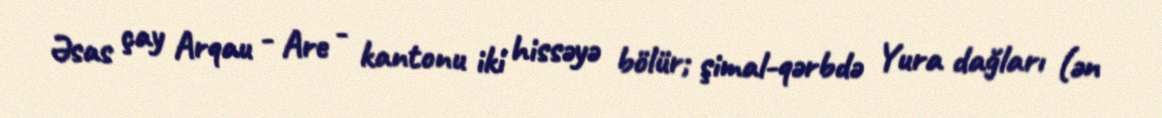
Əsas çay Arqau - Are - kantonu iki hissəyə bölür; şimal-qərbdə Yura dağları (ən